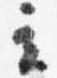
立